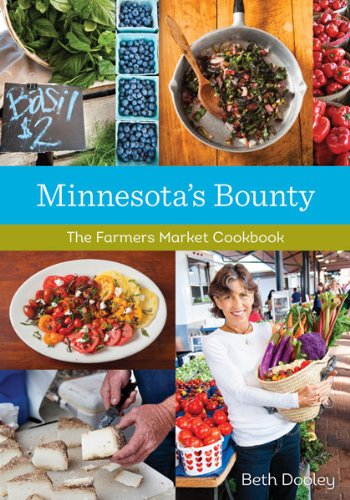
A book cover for Minnesota's Bounty: The Farmers Market Cookbook; Beth Dooley; Cookbooks, Food & Wine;